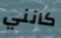
كانني